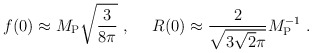
\begin{align*}f(0) \approx M_{\rm P} \sqrt{3\over 8\pi} \ , ~~~~ R(0) \approx {2 \over\sqrt{3\sqrt 2\pi}} M_{\rm P}^{-1} \ .\end{align*}